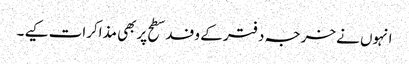
انہوں نے خرجہ دفتر کے وفد سطح پربھی مذاکرات کیے ۔